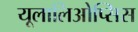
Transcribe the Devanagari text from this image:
यूलालिओप्सिस